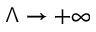
\Lambda \rightarrow + \infty